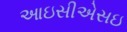
આઇસીએસઇ